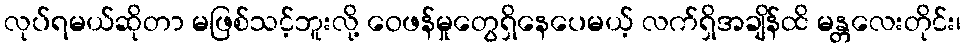
လုပ်ရမယ်ဆိုတာ မဖြစ်သင့်ဘူးလို့ ဝေဖန်မှုတွေရှိနေပေမယ့် လက်ရှိအချိန်ထိ မန္တလေးတိုင်း၊